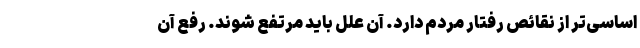
اساسی‌تر از نقائص رفتار مردم دارد. آن علل باید مرتفع شوند. رفع آن